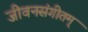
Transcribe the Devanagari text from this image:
जीवनसंगीतम्